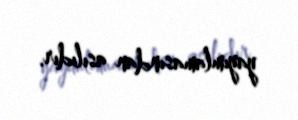
yayımlamasından asılıdır.